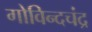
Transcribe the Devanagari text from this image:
गोविन्दचंद्र